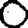
Digit: 0